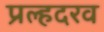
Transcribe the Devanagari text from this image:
प्रल्हदरव